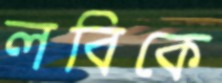
লবিকে